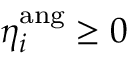
\eta _ { i } ^ { \mathrm { a n g } } \geq 0